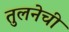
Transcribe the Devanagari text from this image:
तुलनेची